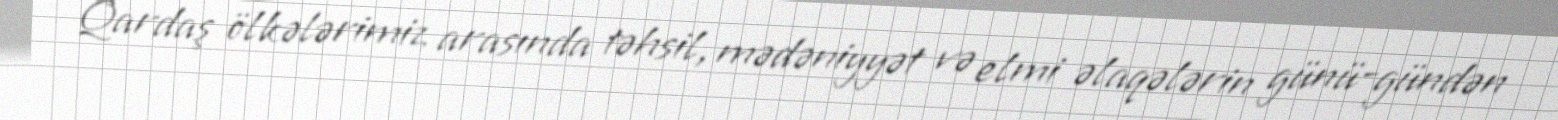
Qardaş ölkələrimiz arasında təhsil, mədəniyyət və elmi əlaqələrin günü-gündən